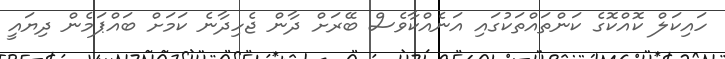
ހައިކަލް ކޮއްކޮގެ ކަންތައްތަކުގައި އަނެއްކާވެސް ބޭރަށް ދާން ޖެހިދާނެ ކަމަށް ބައްޕަމެން ދިޔައީ